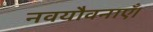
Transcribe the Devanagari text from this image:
नवयौवनाएँ।